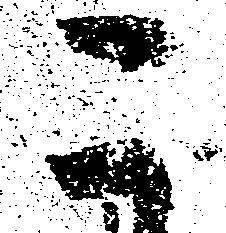
こ